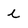
Character: i